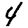
Digit: 4